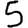
Digit: 5